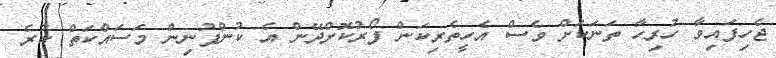
ޖެހިފައިވާ ހުރިހާ ތަނަކަށް ވެސް އެހީތެރިކަން ފޯރުކޮށްދޭން އެ ކުންފުނިން މަސައްކަތް ކުރެ